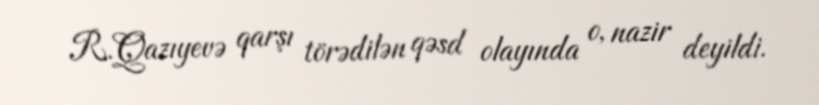
R.Qazıyevə qarşı törədilən qəsd olayında o, nazir deyildi.